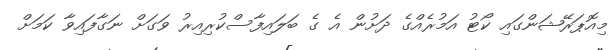
މިއޮޕަރޭޝަންގައި ކޯޓު އަމުރެއްގެ ދަށުން އެ ގެ ބަލައިފާސްކުރިއިރު ވަގަށް ނަގާފައިވާ ކަމަށް